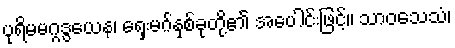
ပုရိမမဂ္ဂဒွယေန၊ ရှေးမဂ်နှစ်ခုတို့၏ အပေါင်းဖြင့်။ သာဝသေသံ၊